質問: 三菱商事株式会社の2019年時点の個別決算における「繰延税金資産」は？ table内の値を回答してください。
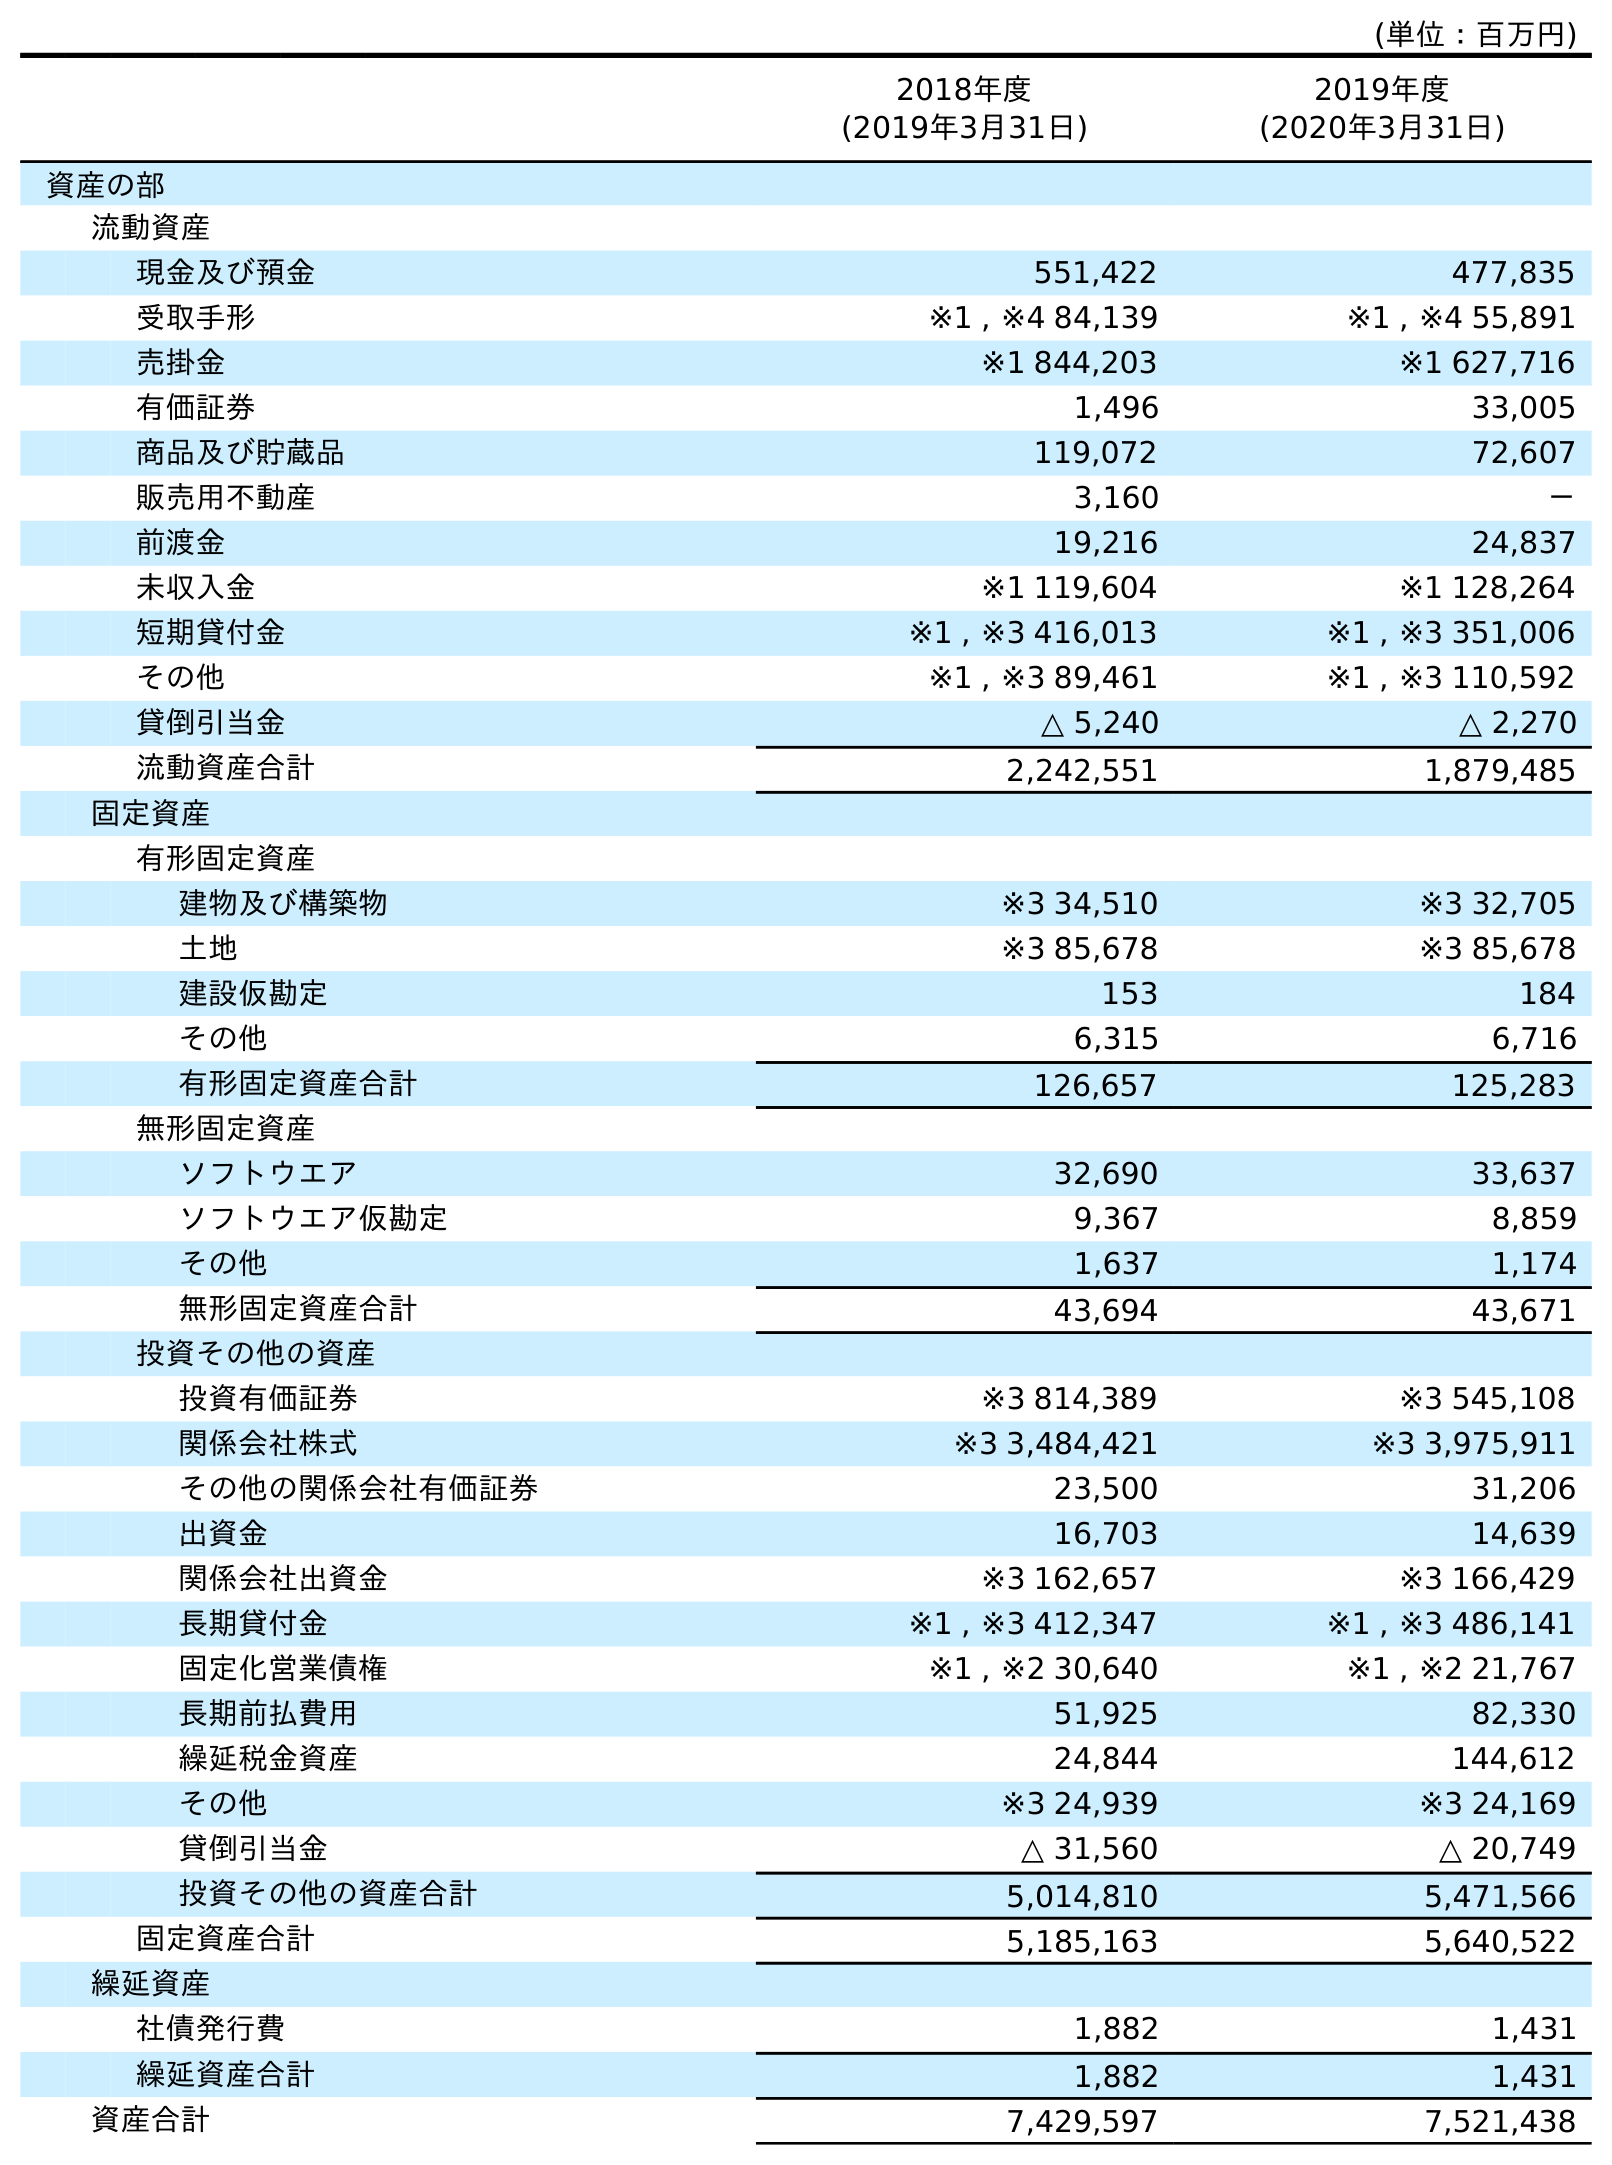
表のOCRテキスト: (単位：百万円) 2018年度 (2019年3月31日) 2019年度 (2020年3月31日) 資産の部 流動資産 現金及び預金 551,422 477,835 受取手形 ※1 , ※4 84,139 ※1 , ※4 55,891 売掛金 ※1 844,203 ※1 627,716 有価証券 1,496 33,005 商品及び貯蔵品 119,072 72,607 販売用不動産 3,160 － 前渡金 19,216 24,837 未収入金 ※1 119,604 ※1 128,264 短期貸付金 ※1 , ※3 416,013 ※1 , ※3 351,006 その他 ※1 , ※3 89,461 ※1 , ※3 110,592 貸倒引当金 △ 5,240 △ 2,270 流動資産合計 2,242,551 1,879,485 固定資産 有形固定資産 建物及び構築物 ※3 34,510 ※3 32,705 土地 ※3 85,678 ※3 85,678 建設仮勘定 153 184 その他 6,315 6,716 有形固定資産合計 126,657 125,283 無形固定資産 ソフトウエア 32,690 33,637 ソフトウエア仮勘定 9,367 8,859 その他 1,637 1,174 無形固定資産合計 43,694 43,671 投資その他の資産 投資有価証券 ※3 814,389 ※3 545,108 関係会社株式 ※3 3,484,421 ※3 3,975,911 その他の関係会社有価証券 23,500 31,206 出資金 16,703 14,639 関係会社出資金 ※3 162,657 ※3 166,429 長期貸付金 ※1 , ※3 412,347 ※1 , ※3 486,141 固定化営業債権 ※1 , ※2 30,640 ※1 , ※2 21,767 長期前払費用 51,925 82,330 繰延税金資産 24,844 144,612 その他 ※3 24,939 ※3 24,169 貸倒引当金 △ 31,560 △ 20,749 投資その他の資産合計 5,014,810 5,471,566 固定資産合計 5,185,163 5,640,522 繰延資産 社債発行費 1,882 1,431 繰延資産合計 1,882 1,431 資産合計 7,429,597 7,521,438
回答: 24,844